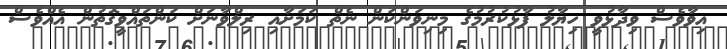
އިވާވެސް ވިދާޅުވީ ހިޔާލު ފާޅުކުރުމުގެ މިނިވަންކަން ނެތް ކަމަށާއި ރިލްވާނަށް ކަންތައްވީގޮތުން އެއްވެސް